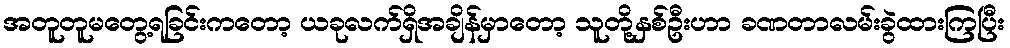
အတူတူမတွေ့ရခြင်းကတော့ ယခုလက်ရှိအချိန်မှာတော့ သူတို့နှစ်ဦးဟာ ခဏတာလမ်းခွဲထားကြပြီး